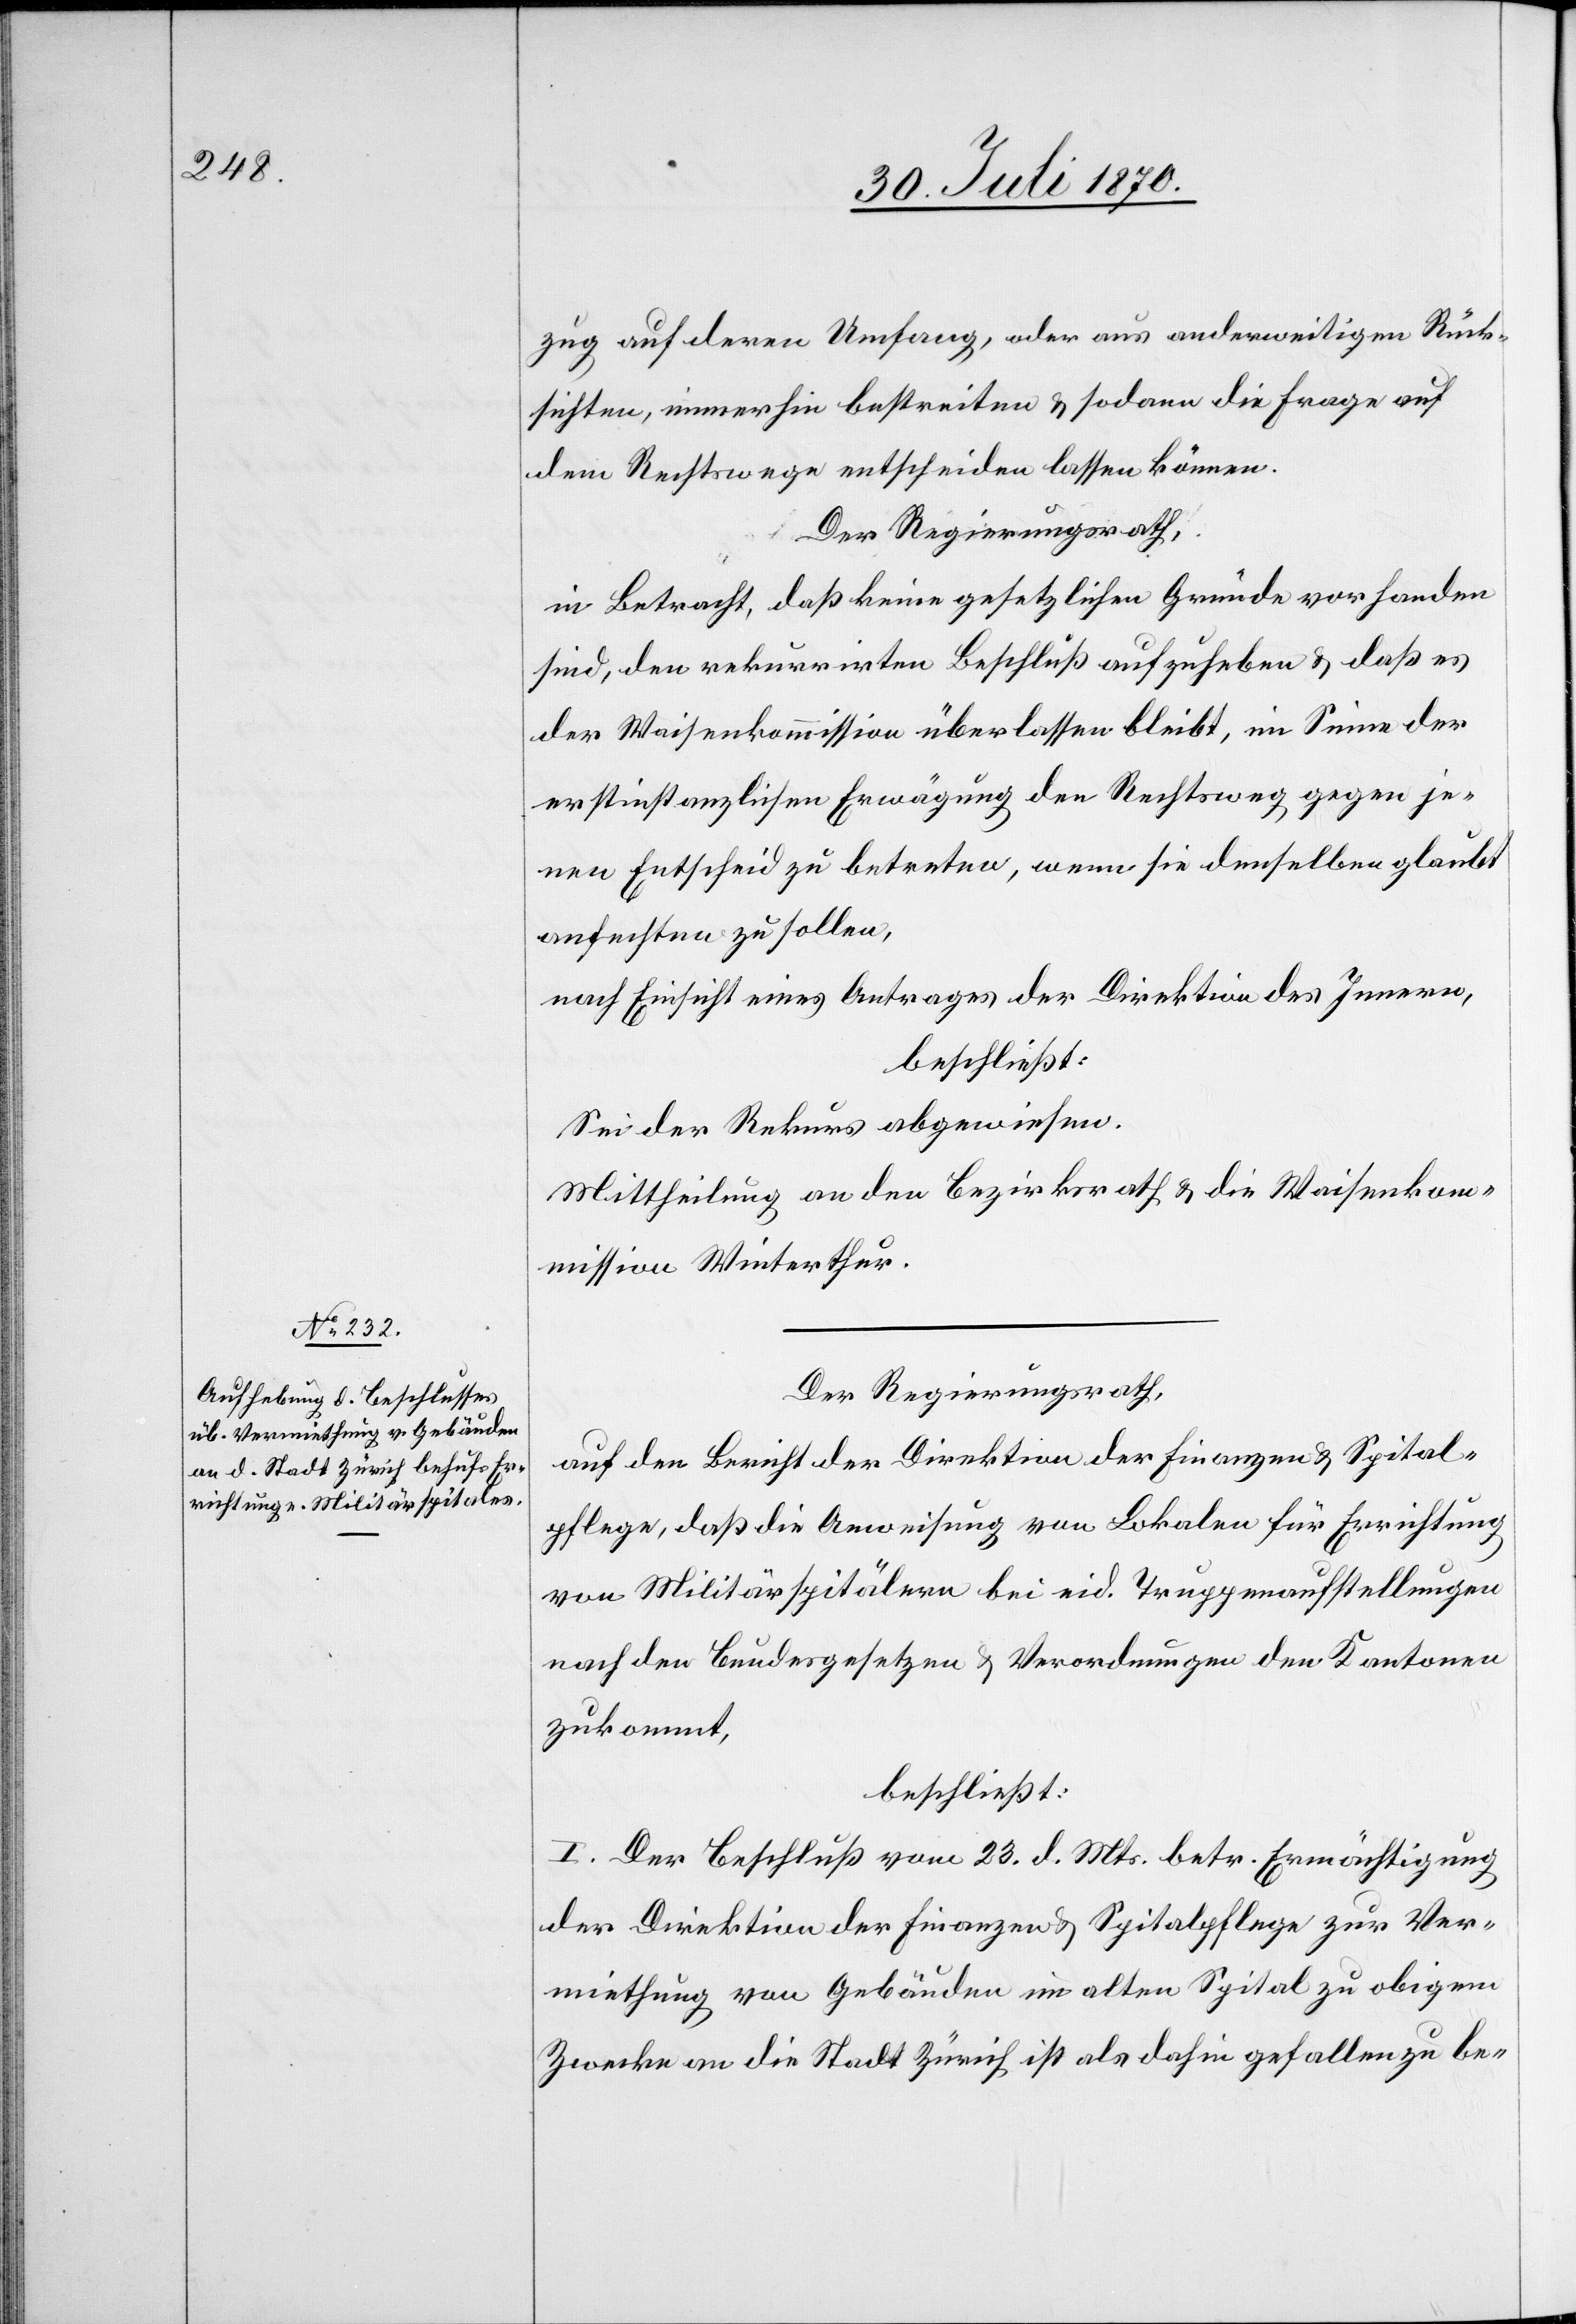
zug auf deren Umfang, oder aus anderweitigen Rück¬
sichten, immerhin bestreiten & sodann die Frage auf
dem Rechtswege entscheiden lassen können.
Der Regierungsrath,
in Betracht, daß keine gesetzlichen Gründe vorhanden
sind, den rekurrirten Beschluß aufzuheben & daß es
der Waisenkommission überlassen bleibt, im Sinne der
erstinstanzlichen Erwägung den Rechtsweg gegen je¬
nen Entscheid zu betreten, wenn sie denselben glaubt
anfechten zu sollen,
nach Einsicht eines Antrages der Direktion des Innern,
beschließt:
Sei der Rekurs abgewiesen.
Mittheilung an den Bezirksrath & die Waisenko¬
mmission Winterthur.
Der Regierungsrath,
auf den Bericht der Direktion der Finanzen & Spital¬
pflege, daß die Anweisung von Lokalen für Errichtung
von Militärspitälern bei eid. Truppenaufstellungen
nach den Bundesgesetzen & Verordnungen den Kantonen
zukommt,
beschließt:
I. Der Beschluß vom 23. d. Mts. betr. Ermächtigung
der Direktion der Finanzen & Spitalpflege zur Ver¬
miethung von Gebäuden im alten Spital zu obigem
Zwecke an die Stadt Zürich ist als dahin gefallen zu be-